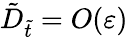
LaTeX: \tilde{D}_{\tilde{t}}=O(\varepsilon)